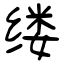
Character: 缕